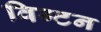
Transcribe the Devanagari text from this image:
विग्टन